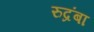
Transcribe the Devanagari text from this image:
रुद्रंबा